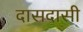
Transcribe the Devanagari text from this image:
दासदासी